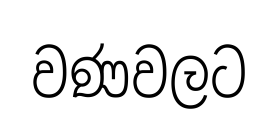
වණවලට